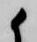
候